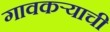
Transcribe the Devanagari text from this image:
गावकर्‍याची